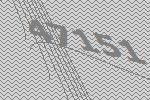
47151